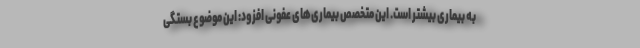
به بیماری بیشتر است. این متخصص بیماری‌های عفونی افزود: این موضوع بستگی